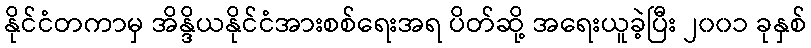
နိုင်ငံတကာမှ အိန္ဒိယနိုင်ငံအားစစ်ရေးအရ ပိတ်ဆို့ အရေးယူခဲ့ပြီး ၂၀၀၁ ခုနှစ်